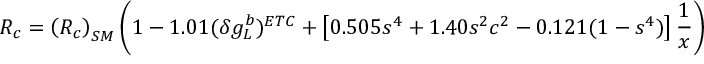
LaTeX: R _ { c } = \left( R _ { c } \right) _ { S M } \left( 1 - 1 . 0 1 ( \delta g _ { L } ^ { b } ) ^ { E T C } + \left[ 0 . 5 0 5 s ^ { 4 } + 1 . 4 0 s ^ { 2 } c ^ { 2 } - 0 . 1 2 1 ( 1 - s ^ { 4 } ) \right] { \frac { 1 } { x } } \right)